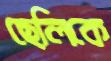
ছেলিকে